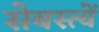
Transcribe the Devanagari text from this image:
सेबस्त्यें